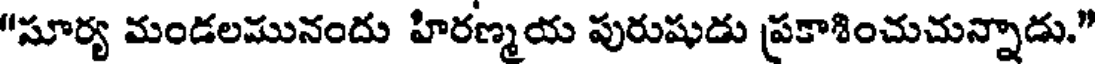
"సూర్య మండలమునందు హిరణ్మయ పురుషుడు ప్రకాశించుచున్నాడు."